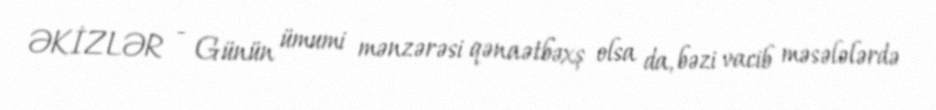
ƏKİZLƏR - Günün ümumi mənzərəsi qənaətbəxş olsa da, bəzi vacib məsələlərdə